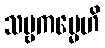
သဗ္ဗကမ္မေဟိ